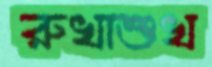
রুখাশুখ